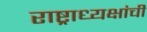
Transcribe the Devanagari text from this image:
राष्ट्राध्यक्षांची